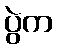
ပွဲက